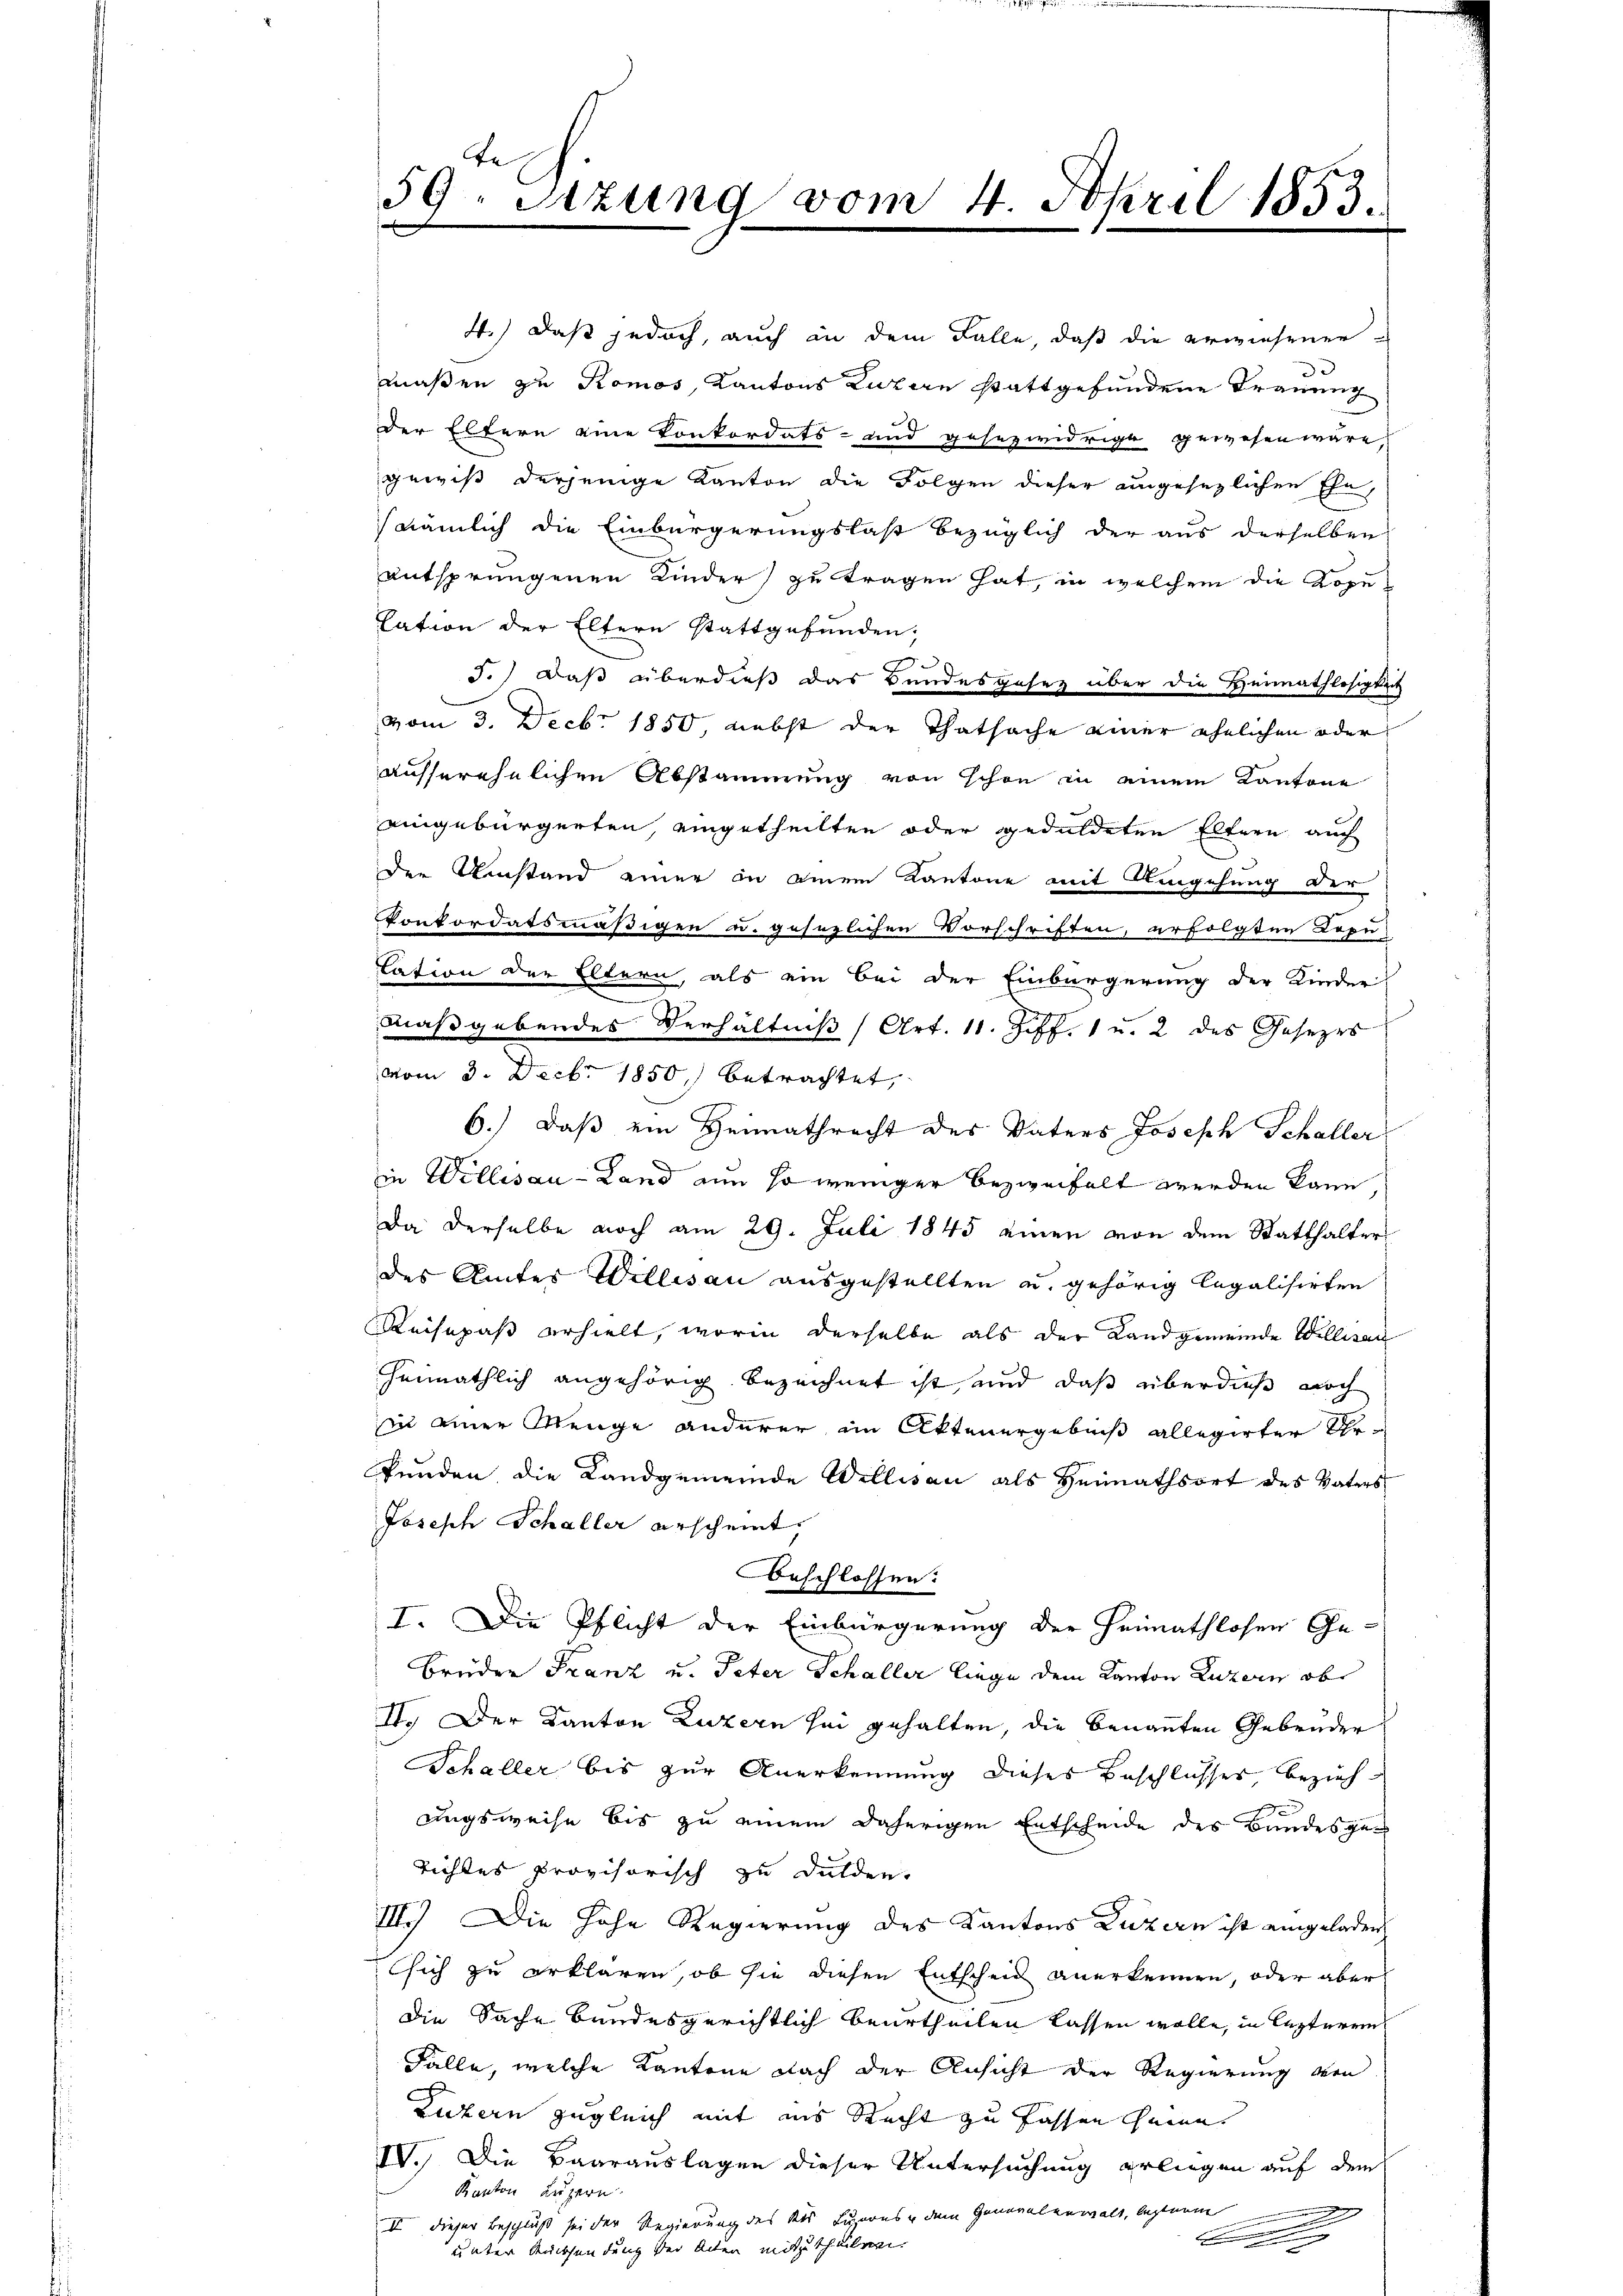
te
59. Sitzung vom 4. April 1853.

4.) Daß jedoch, auch in dem Falle, daß die erwiesenen
maßen zu Komos, Kantons Luzern stattgefundene Trauung
der Eltern eine Konkordats- und gesezwidrige gewesen wäre,
gewiß derjenige Kanton die Folgen dieser angesezlichen Ehe,
(nämlich die Einbürgerungslast bezüglich der aus derselben
entsprungenen Kinder) zu tragen hat, in welchem die Kopulation der Eltern stattgefunden,
3.) Daß überdieß das Bundesgesez über die Heimathlosigkeit
vom 3. Decbr. 1850, nebst der Thatsache einer ehelichen oder
ausserehelichen Abstammung von schon in einem Kantone
eingebürgerten, eingetheilten oder geduldeten Eltern auch
den Umstand einer in einem Kantone mit Umgehung der
konkordatsmäßigen u. gesezlichen Vorschriften, erfolgten Lopu
Tation der Eltern, als ein bei der Einbürgerung der Kinder
.
maßgebendes Verhältniß (Art. 11. Ziff. 1 u. 2 des Gesezes
vom 3. Decbr 1850 betrachtet,
6.) Daß ein Heimathrecht des Vaters Joseph Schaller
in Wellisau-Land nun so weniger bezweifelt werden kann,
Da derselbe noch am 29. Juli 1845 einen von dem Statthalter
des Amtes Willisau ausgestellten u. gehörig legalisirten
Reisepaß erhielt, worin derselbe als der Landgemeinde Willeran
heimathlich angehörig bezeichnet ist, und daß überdieß noch
in einer Menge anderer im Aktenergebniß allegirter Uhrkunden, die Landgemeinde Willisau als Heimathsort des Vaters
Joseph Schaller erscheint
beschlossen:
I. Die Pflicht der Einbürgerung der Heimathlosen Ge-
Brüder Franz u. Peter Schaller liege dem Kanton Luzern ob
II. Der Kanton Luzern sei gehalten, die benannten Gebrüder
Schaller bis zur Anerkennung dieses Beschlusses, bezieh-
ungsweise bis zu einem daherigen Entscheide des Bundesges
Tichles provisorisch zu dulden.
III) Die Hohe Regierung des Kantons Luzern ist eingeladen
sich zu erklären, ob sie diesen Entscheid anerkennen, oder aber
die Sache Bundesgerichtlich beurtheilen lassen wolle, in lezteren
Fälle, welche Kantone nach der Ansicht der Regierung von
Luzern zugleich mit ins Recht zu fassen seine
IV. Die Baarauslagen dieser Untersuchung erliegen auf dem
Kanton Luzern.
e
II dieser Beschluß sei der Regierung des des Luzerns und dem Generalenwalt, letztem
C
unter Rücksendung der Acten mitzutheilen.